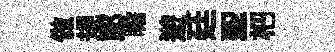
做規郎瞻遊廷聖杷